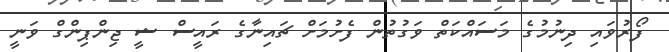
ފޯރުވައި ދިނުމުގެ މަސައްކަތް ވަގުތުން ފެށުމަށް ޗައިނާގެ ރައީސް ޝީ ޖިންޕިންގް ވަނީ